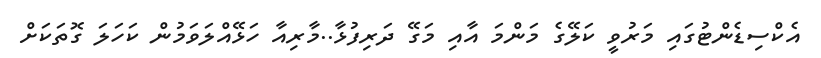
އެކްސިޑެންޓުގައި މަރުވީ ކަލޭގެ މަންމަ އާއި މަގޭ ދަރިފުޅާ..މާރިއާ ހަޅޭއްލަވަމުން ކަހަލަ ގޮތަކަށް